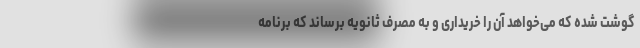
گوشت شده که می‌خواهد آن را خریداری و به مصرف ثانویه برساند که برنامه